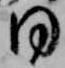
同